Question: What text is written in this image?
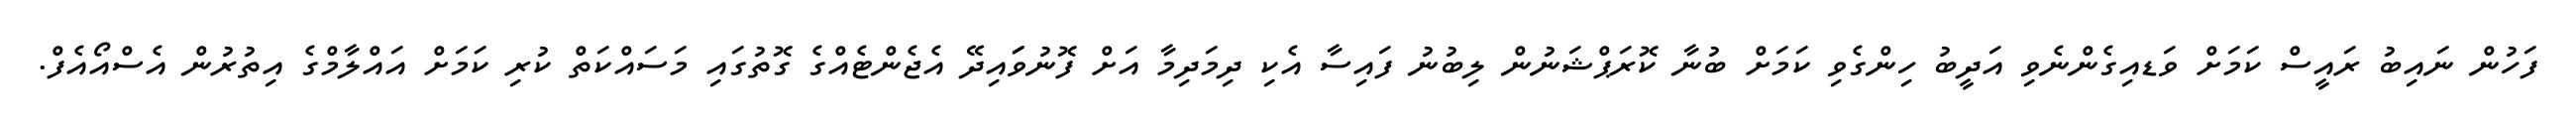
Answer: ފަހުން ނައިބު ރައީސް ކަމަށް ވަޑއިގެންނެވި އަދީބު ހިންގެވި ކަމަށް ބުނާ ކޮރަޕްޝަނުން ލިބުނު ފައިސާ އެކި ދިމަދިމާ އަށް ފޮނުވަައިދޭ އެޖެންޓެއްގެ ގޮތުގައި މަސައްކަތް ކުރި ކަމަށް އައްލާމްގެ އިތުރުން އެސްއޯއެފް.